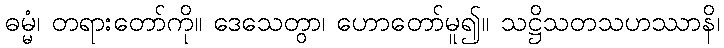
ဓမ္မံ၊ တရားတော်ကို။ ဒေသေတွာ၊ ဟောတော်မူ၍။ သဋ္ဌိသတသဟဿာနိ၊